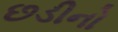
છડીનો